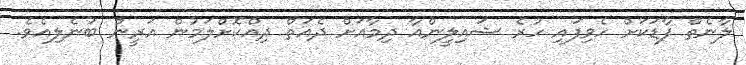
ލާނެތް ފާޑަކަށް ހެވިފައި ހުރެ ޝައިލީންއާ ދިމާއަށް ދެއަތް ދިއްކޮށްލަމުން އަރީން ބުނެލިއެވެ.